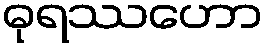
ဓုရဿဟော